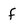
Character: f